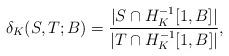
LaTeX: \begin{align*}\delta_K(S,T;B)= \frac{|S\cap H_K^{-1}[1,B]| }{|T\cap H_K^{-1}[1,B]|},\end{align*}